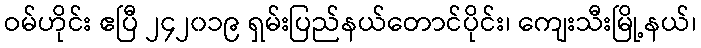
ဝမ်ဟိုင်း ဧပြီ ၂၄၂၀၁၉ ရှမ်းပြည်နယ်တောင်ပိုင်း၊ ကျေးသီးမြို့နယ်၊